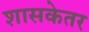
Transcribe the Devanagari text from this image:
शासकेतर